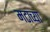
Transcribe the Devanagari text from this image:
मटाच्या